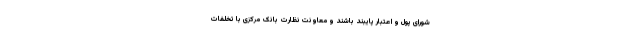
شورای پول و اعتبار پایبند باشند و معاونت نظارت بانک مرکزی با تخلفات